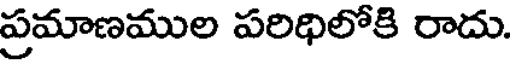
ప్రమాణముల పరిధిలోకి రాదు.